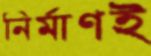
নির্মাণই